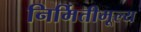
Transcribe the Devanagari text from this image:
निर्मितीमूल्य